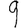
Digit: 9